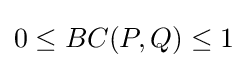
0\leq BC(P,Q)\leq 1